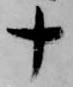
十